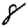
Digit: 8